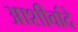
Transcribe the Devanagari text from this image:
आशीर्वादे